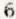
6